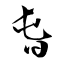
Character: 旾